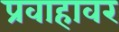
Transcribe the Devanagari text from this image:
प्रवाहावर